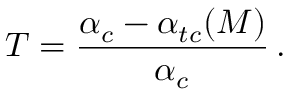
T = { \frac { \alpha _ { c } - \alpha _ { t c } ( M ) } { \alpha _ { c } } } \, .